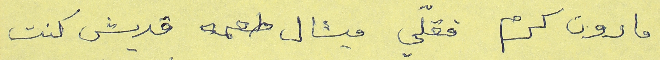
مارون كرم فقلّي ميشال طعمه قديش كنت